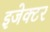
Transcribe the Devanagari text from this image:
इजेक्टर